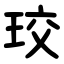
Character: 珓